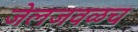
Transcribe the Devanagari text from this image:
जेलजवळच